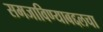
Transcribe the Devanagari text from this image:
समजाविण्याबद्दलचा